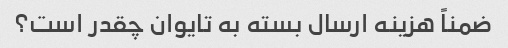
ضمناً هزینه ارسال بسته به تایوان چقدر است؟